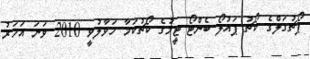
ޕޯޗުގަލްގެ ކޯޗު ޕައުލޯ ބެންޓޯ ޓީމުގެ ކޯޗުކަމާ ހަވާލުވީ 2010 ވަނަ އަހަރު